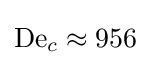
\mathrm {De} _{c}\approx 956